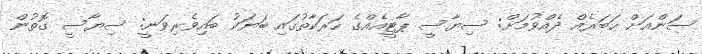
ސަންއަށް ޚަބަރެއް ދެއްވުމަށް: ސިޔާސީ ޕާޓީއެއްގެ ހަރަކާތުގައި ބަޔަކު ބައިވެރިވަނީ: ސިޔާސީ ގޮތުން